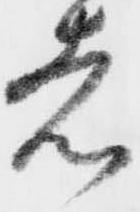
者